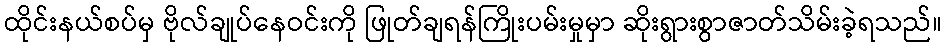
ထိုင်းနယ်စပ်မှ ဗိုလ်ချုပ်နေဝင်းကို ဖြုတ်ချရန်ကြိုးပမ်းမှုမှာ ဆိုးရွားစွာဇာတ်သိမ်းခဲ့ရသည်။